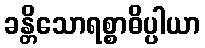
ခန္တိသောရစ္စာဓိပ္ပါယာ